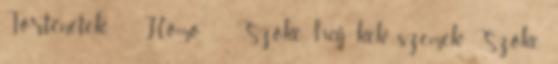
Történetek Homo Szőke haj, kék szemek Szőke